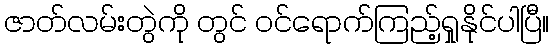
ဇာတ်လမ်းတွဲကို တွင် ဝင်ရောက်ကြည့်ရှုနိုင်ပါပြီ။